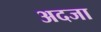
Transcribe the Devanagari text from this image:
अदजा